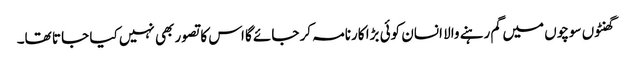
گھنٹوں سوچوں میں گم رہنے والا انسان کوئی بڑا کارنامہ کر جائے گا اس کا تصور بھی نہیں کیا جا تا تھا۔